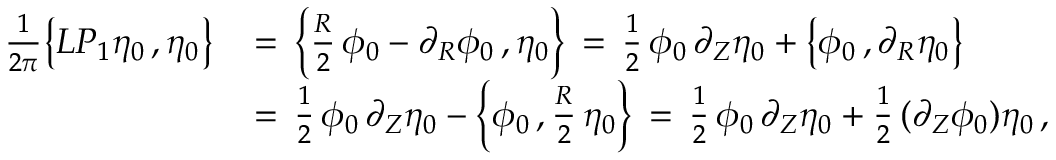
\begin{array} { r l } { \frac { 1 } { 2 \pi } \bigl \{ L P _ { 1 } \eta _ { 0 } \, , \eta _ { 0 } \bigr \} \, } & { = \, \Bigl \{ \frac { R } { 2 } \, \phi _ { 0 } - \partial _ { R } \phi _ { 0 } \, , \eta _ { 0 } \Bigr \} \, = \, \frac { 1 } { 2 } \, \phi _ { 0 } \, \partial _ { Z } \eta _ { 0 } + \bigl \{ \phi _ { 0 } \, , \partial _ { R } \eta _ { 0 } \bigr \} } \\ { \, } & { = \, \frac { 1 } { 2 } \, \phi _ { 0 } \, \partial _ { Z } \eta _ { 0 } - \Bigl \{ \phi _ { 0 } \, , \frac { R } { 2 } \, \eta _ { 0 } \Bigr \} \, = \, \frac { 1 } { 2 } \, \phi _ { 0 } \, \partial _ { Z } \eta _ { 0 } + \frac { 1 } { 2 } \, ( \partial _ { Z } \phi _ { 0 } ) \eta _ { 0 } \, , } \end{array}